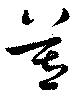
莪